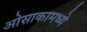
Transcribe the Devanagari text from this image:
ओसाकामध्ये